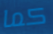
كما